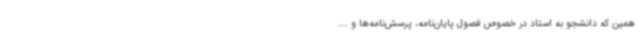
همین که دانشجو به استاد در خصوص فصول پایان‌نامه، پرسش‌نامه‌ها و ...